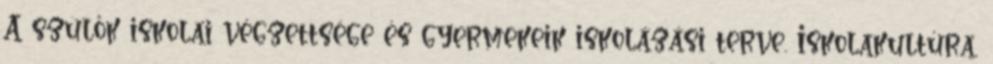
A szülők iskolai végzettsége és gyermekeik iskolázási terve. Iskolakultúra,